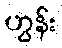
ဟွန်း